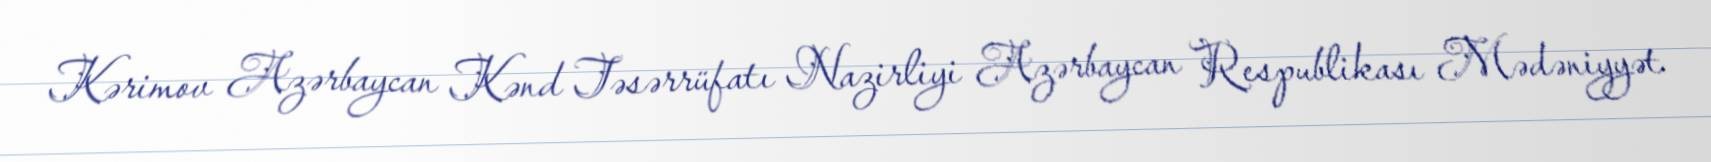
Kərimov Azərbaycan Kənd Təsərrüfatı Nazirliyi Azərbaycan Respublikası Mədəniyyət